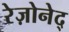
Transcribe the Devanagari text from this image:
रेज़ोनेद्